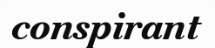
conspirant